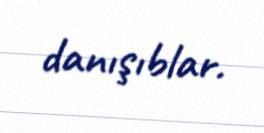
danışıblar.